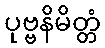
ပုဗ္ဗနိမိတ္တံ